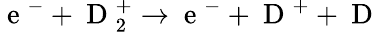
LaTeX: \mathrm{~e~}^{-}+\mathrm{~D~}_{2}^{+}\rightarrow\mathrm{~e~}^{-}+\mathrm{~D~}^{+}+\mathrm{~D~}